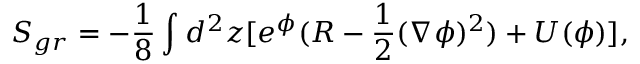
S _ { g r } = - { \frac { 1 } { 8 } } \int _ { } ^ { } d ^ { 2 } z [ e ^ { \phi } ( R - { \frac { 1 } { 2 } } ( \nabla \phi ) ^ { 2 } ) + U ( \phi ) ] ,